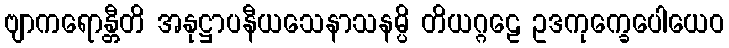
ဗျာကရောန္တီတိ အနုဋ္ဌာပနီယသေနာသနမ္ပိ တိယဂ္ဂဠေ ဥဒကုက္ခေပေါယေဝ